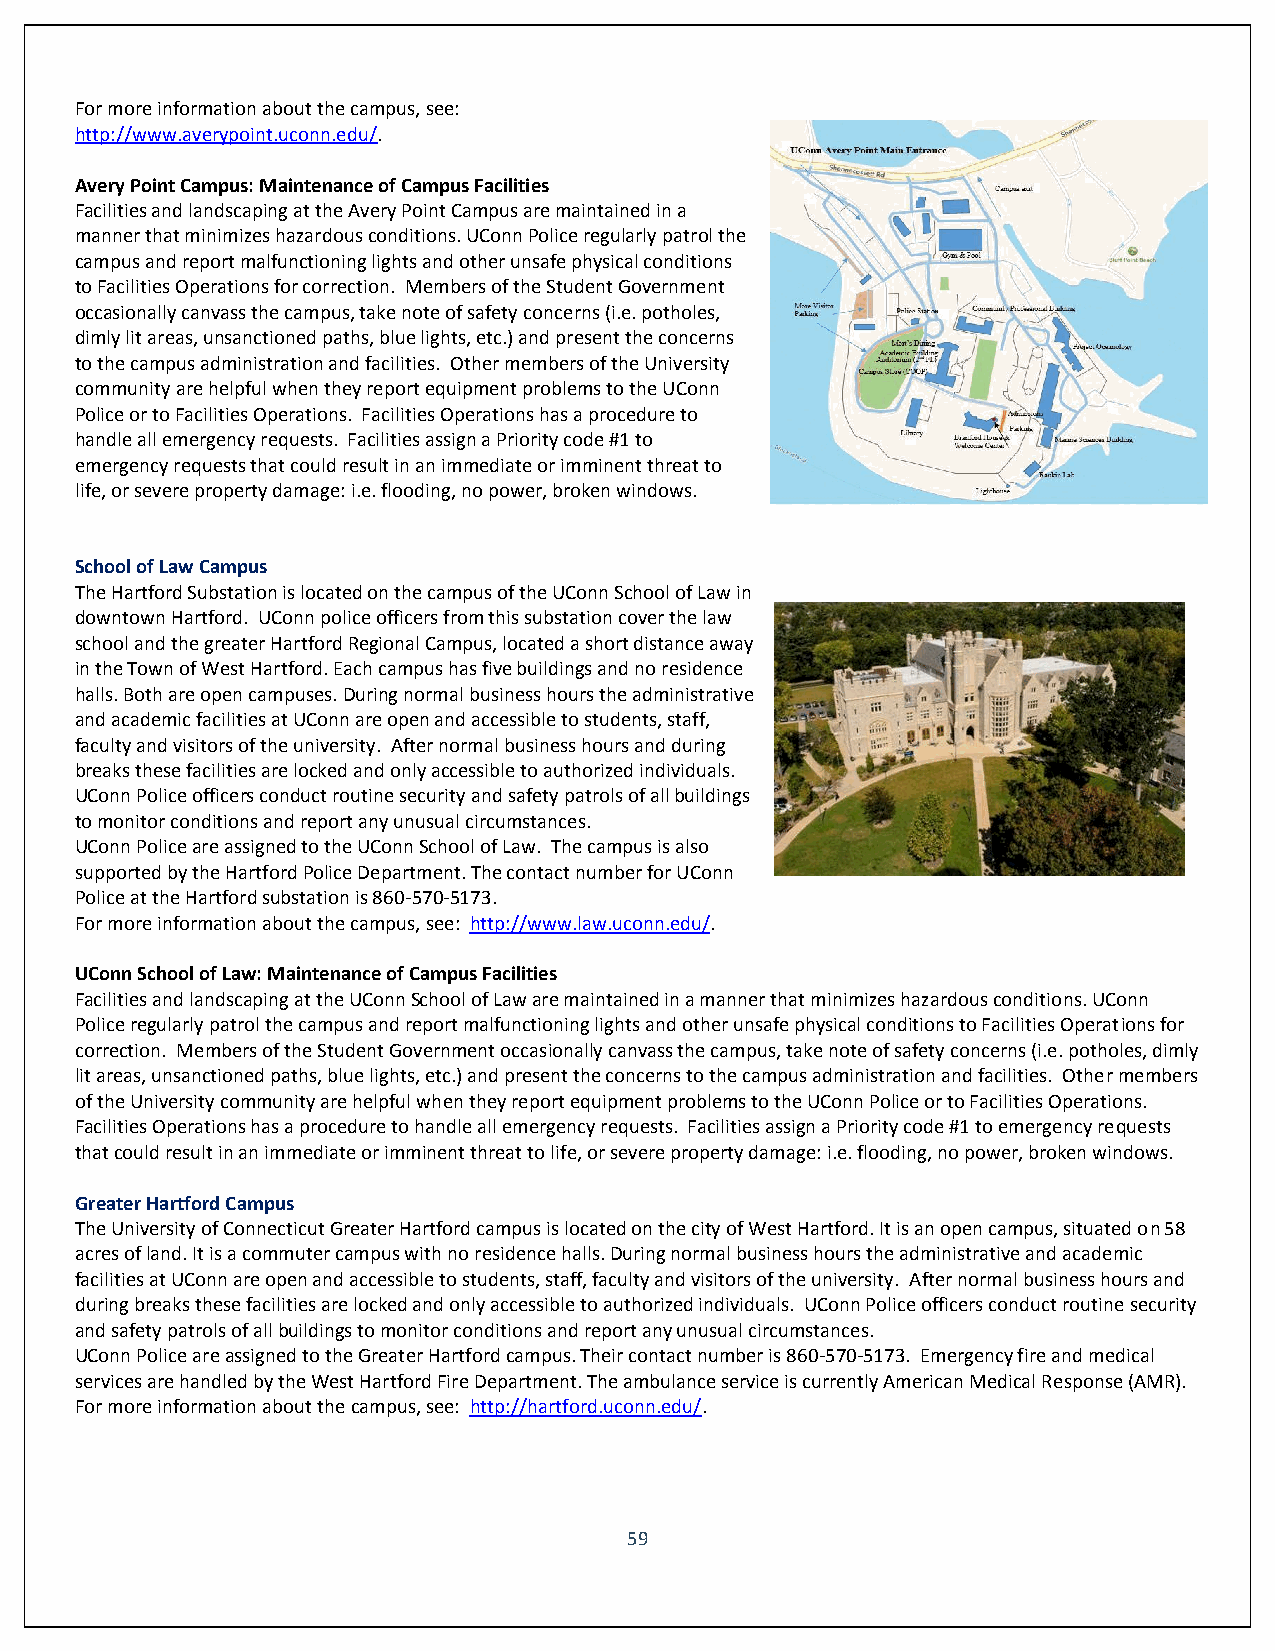
For more information about the campus, see:
 http://www.averypoint.uconn.edu/.
 Avery Point Campus: Maintenance of Campus Facilities
 Facilities and landscaping at the Avery Point Campus are maintained in a
 manner that minimizes hazardous conditions. UConn Police regularly patrol the
 campus and report malfunctioning lights and other unsafe physical conditions
 to Facilities Operations for correction. Members of the Student Government
 occasionally canvass the campus, take note of safety concerns (i.e. potholes,
 dimly lit areas, unsanctioned paths, blue lights, etc.) and present the concerns
 to the campus administration and facilities. Other members of the University
 community are helpful when they report equipment problems to the UConn
 Police or to Facilities Operations. Facilities Operations has a procedure to
 handle all emergency requests. Facilities assign a Priority code #1 to
 emergency requests that could result in an immediate or imminent threat to
 life, or severe property damage: i.e. flooding, no power, broken windows.
 School of Law Campus
 The Hartford Substation is located on the campus of the UConn School of Law in
 downtown Hartford. UConn police officers from this substation cover the law
 school and the greater Hartford Regional Campus, located a short distance away
 in the Town of West Hartford. Each campus has five buildings and no residence
 halls. Both are open campuses. During normal business hours the administrative
 and academic facilities at UConn are open and accessible to students, staff,
 faculty and visitors of the university. After normal business hours and during
 breaks these facilities are locked and only accessible to authorized individuals.
 UConn Police officers conduct routine security and safety patrols of all buildings
 to monitor conditions and report any unusual circumstances.
 UConn Police are assigned to the UConn School of Law. The campus is also
 supported by the Hartford Police Department. The contact number for UConn
 Police at the Hartford substation is 860-570-5173.
 For more information about the campus, see: http://www.law.uconn.edu/.
 UConn School of Law: Maintenance of Campus Facilities
 Facilities and landscaping at the UConn School of Law are maintained in a manner that minimizes hazardous conditions. UConn
 Police regularly patrol the campus and report malfunctioning lights and other unsafe physical conditions to Facilities Operations for
 correction. Members of the Student Government occasionally canvass the campus, take note of safety concerns (i.e. potholes, dimly
 lit areas, unsanctioned paths, blue lights, etc.) and present the concerns to the campus administration and facilities. Other members
 of the University community are helpful when they report equipment problems to the UConn Police or to Facilities Operations.
 Facilities Operations has a procedure to handle all emergency requests. Facilities assign a Priority code #1 to emergency requests
 that could result in an immediate or imminent threat to life, or severe property damage: i.e. flooding, no power, broken windows.
 Greater Hartford Campus
 The University of Connecticut Greater Hartford campus is located on the city of West Hartford. It is an open campus, situated on 58
 acres of land. It is a commuter campus with no residence halls. During normal business hours the administrative and academic
 facilities at UConn are open and accessible to students, staff, faculty and visitors of the university. After normal business hours and
 during breaks these facilities are locked and only accessible to authorized individuals. UConn Police officers conduct routine security
 and safety patrols of all buildings to monitor conditions and report any unusual circumstances.
 UConn Police are assigned to the Greater Hartford campus. Their contact number is 860-570-5173. Emergency fire and medical
 services are handled by the West Hartford Fire Department. The ambulance service is currently American Medical Response (AMR).
 For more information about the campus, see: http://hartford.uconn.edu/.
 59